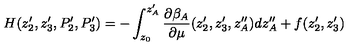
H ( z _ { 2 } ^ { \prime } , z _ { 3 } ^ { \prime } , P _ { 2 } ^ { \prime } , P _ { 3 } ^ { \prime } ) = - \int _ { z _ { 0 } } ^ { z _ { A } ^ { \prime } } \frac { \partial \beta _ { A } } { \partial \mu } ( z _ { 2 } ^ { \prime } , z _ { 3 } ^ { \prime } , z _ { A } ^ { \prime \prime } ) d z _ { A } ^ { \prime \prime } + f ( z _ { 2 } ^ { \prime } , z _ { 3 } ^ { \prime } )